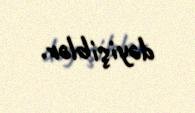
dəyişiblər.